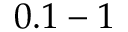
0 . 1 - 1